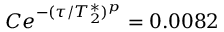
C e ^ { - ( \tau / T _ { 2 } ^ { * } ) ^ { p } } = 0 . 0 0 8 2